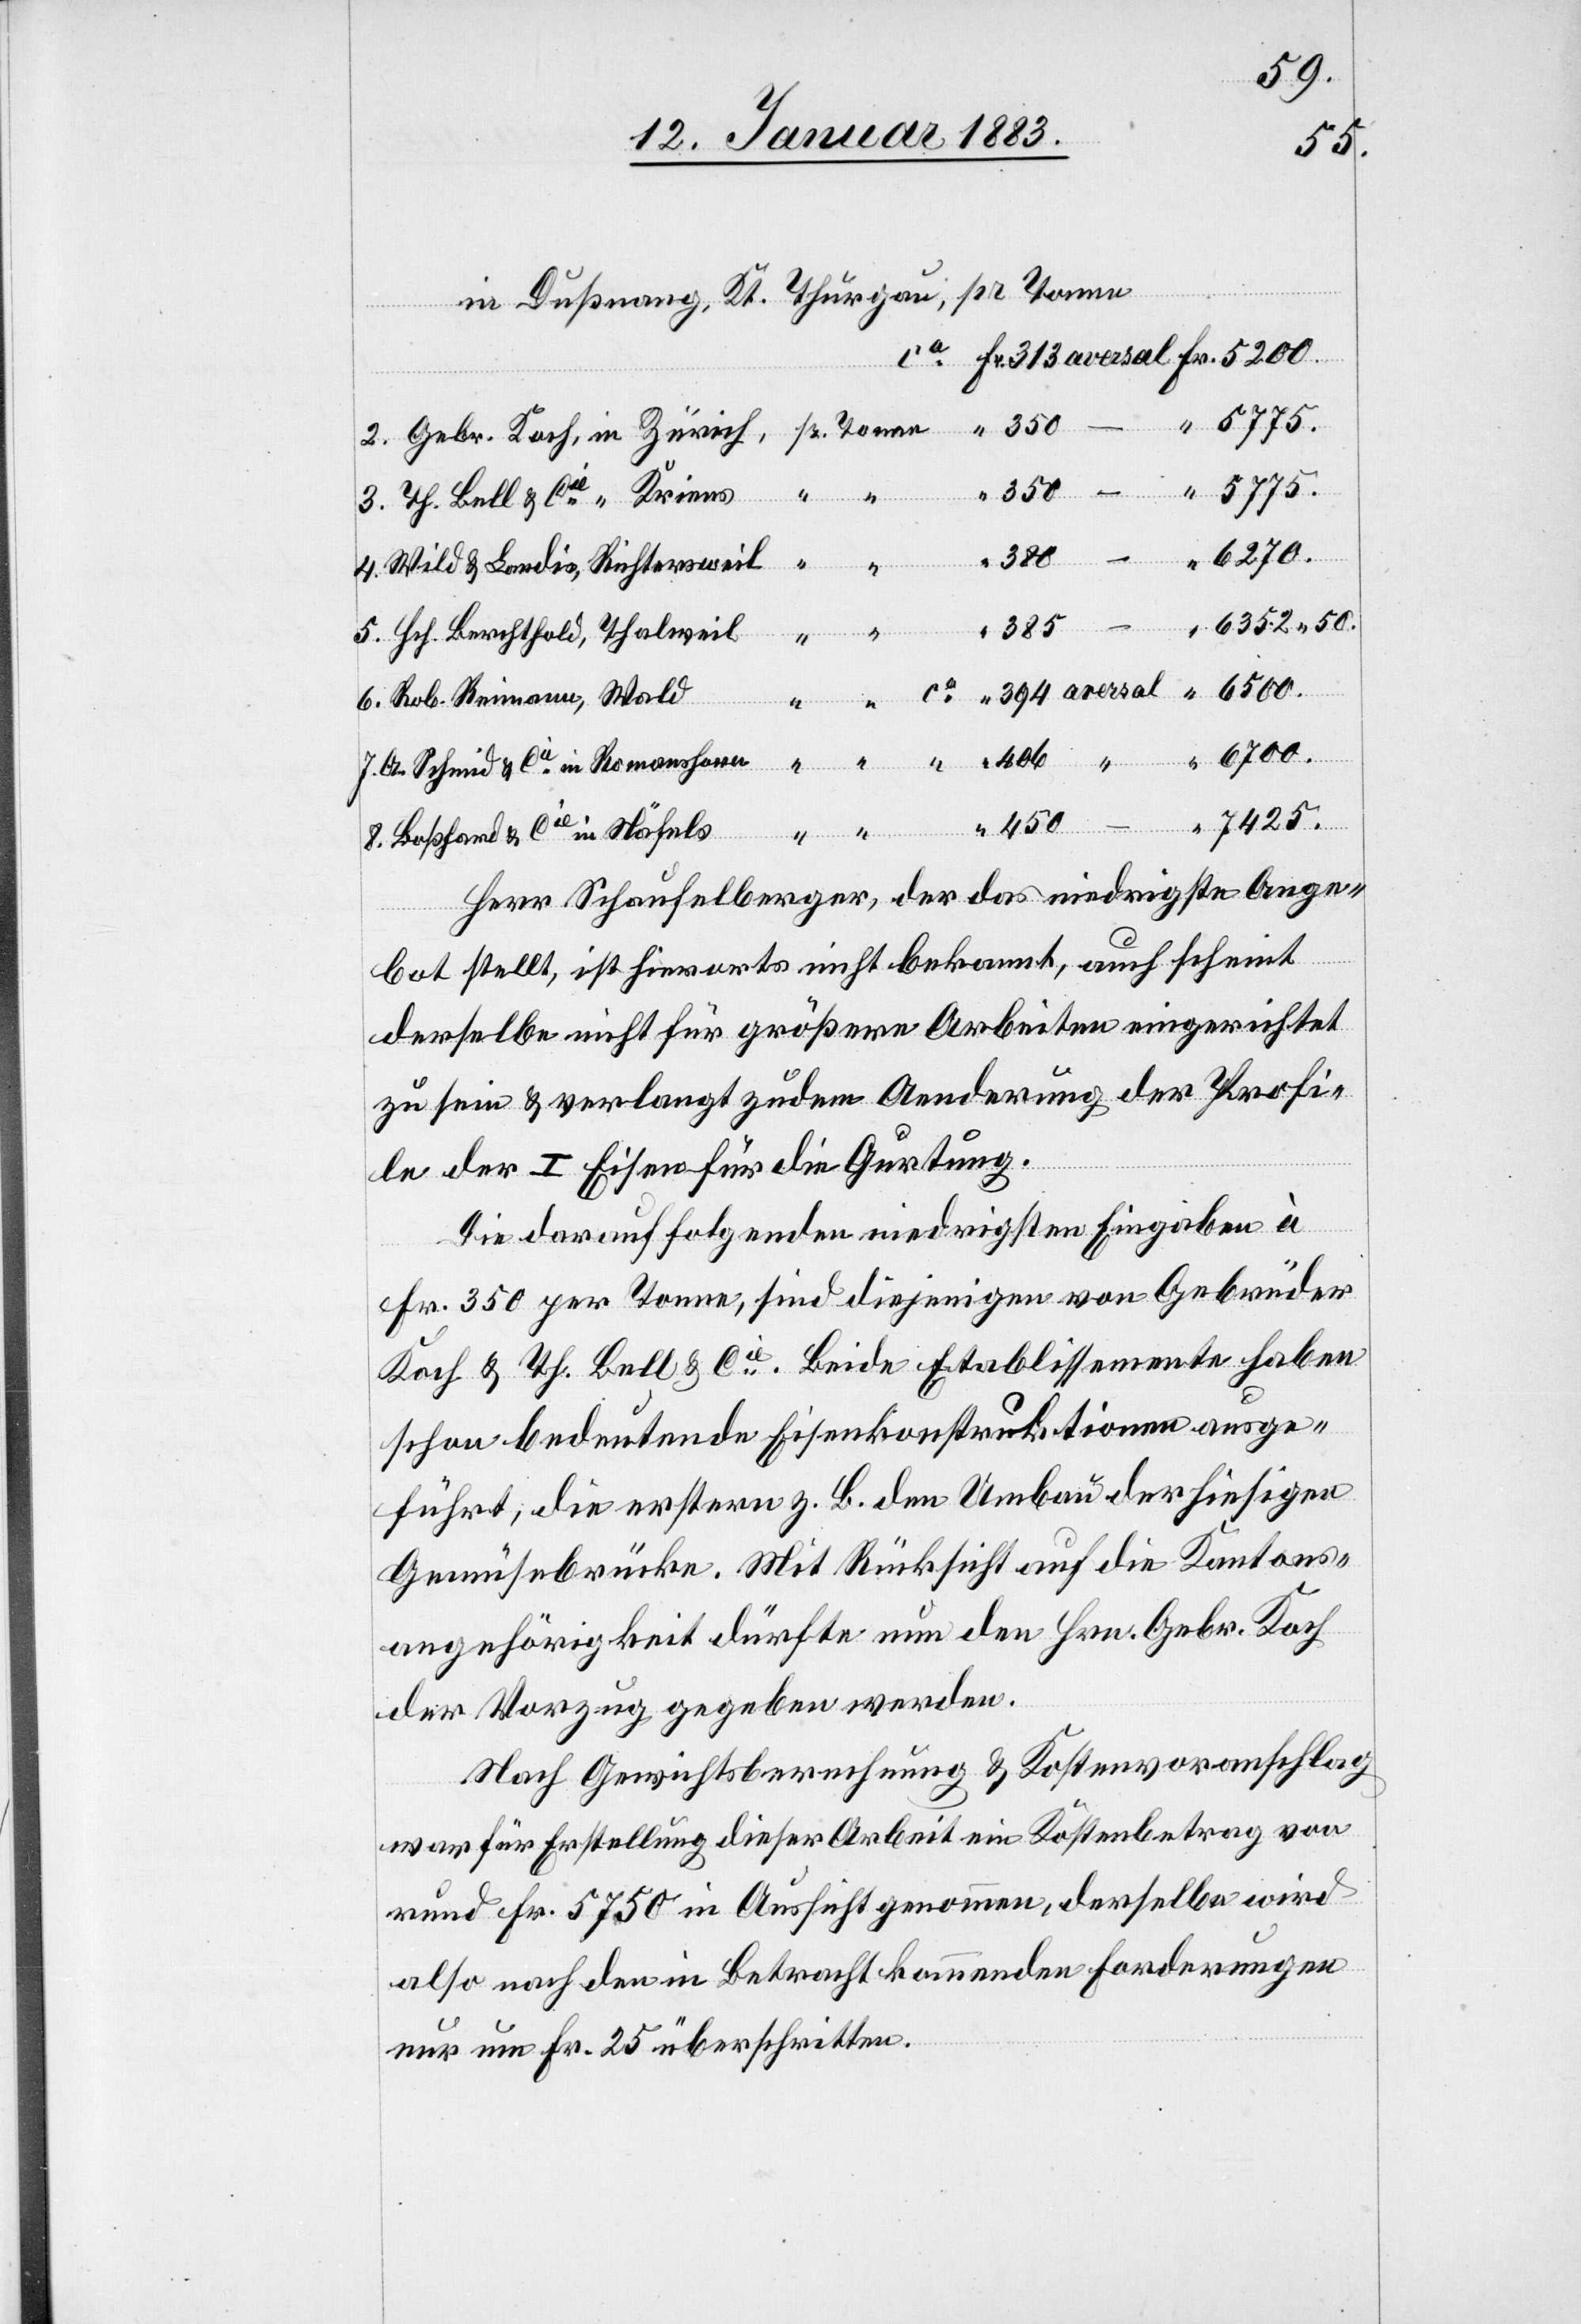
450
“
Cie in Romanshorn
in Dußnang, Kt. Thurgau,
6270.
Näfels
Herr Schaufelberger, der das niedrigste Ange¬
bot stellt, ist hierorts nicht bekannt, auch scheint
derselbe nicht für größere Arbeiten eingerichtet
zu sein & verlangt zudem Aenderung der Profi¬
in
le der I Eisen für die Gurtung.
Die darauf folgenden niedrigsten Eingaben à
Fr. 350 per Tonne, sind diejenigen von Gebrüder
Koch & Th. Bell & Cie. Beide Etablissemente haben
schon bedeutende Eisenkonstruktionen ausge¬
führt, die erstern z. B. den Umbau der hiesigen
Gemüsebrücke. Mit Rücksicht auf die Kantons¬
angehörigkeit dürfte nun den Hrn. Gebr. Koch
der Vorzug gegeben werden.
Nach Gewichtsberechnung & Kostenvoranschlag
war für Erstellung dieser Arbeit ein Kostenbetrag von
rund Fr. 5750 in Aussicht genommen, derselbe wird
also nach den in Betracht kommenden Forderungen
nur um Fr. 25 überschritten.